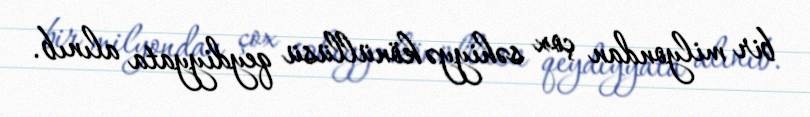
bir milyondan çox səhiyyə könüllüsü qeydiyyata alınıb.